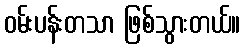
ဝမ်းပန်းတသာ ဖြစ်သွားတယ်။